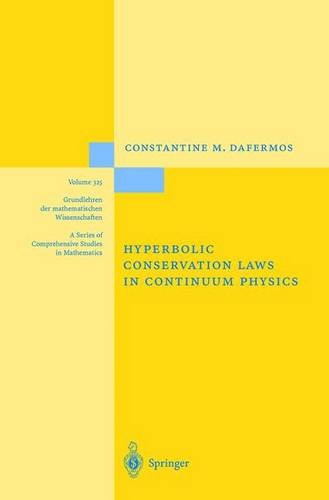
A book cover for Hyberbolic Conservation Laws in Continuum Physics (Grundlehren der mathematischen Wissenschaften); Constantine M. Dafermos; Science & Math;